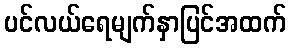
ပင်လယ်ရေမျက်နှာပြင်အထက်